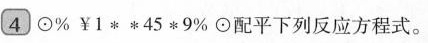
④\odot % ￥ 1 * * 45 * 9% \odot 配平下列反应方程式。